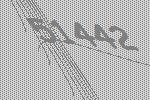
51442